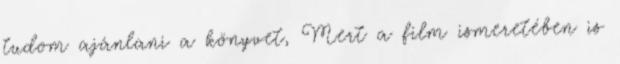
tudom ajánlani a könyvet, Mert a film ismeretében is